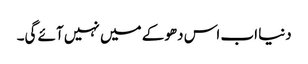
دنیا اب اس دھوکے میں نہیں آئے گی۔